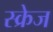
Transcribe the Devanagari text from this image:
स्क्रेज